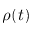
\rho ( t )